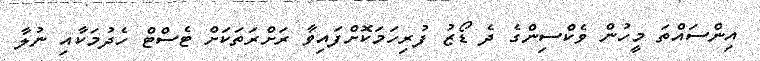
އިންސައްތަ މީހުން ވެކްސިންގެ ދެ ޑޯޒު ފުރިހަމަކޮށްފައިވާ ރަށްރަތަކަށް ޓެސްޓް ހެދުމަކާއި ނުލާ